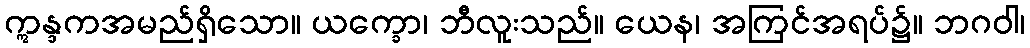
ဣန္ဒကအမည်ရှိသော။ ယက္ခော၊ ဘီလူးသည်။ ယေန၊ အကြင်အရပ်၌။ ဘဂဝါ၊